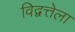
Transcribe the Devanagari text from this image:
विद्वत्तेला